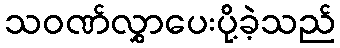
သဝဏ်လွှာပေးပို့ခဲ့သည်